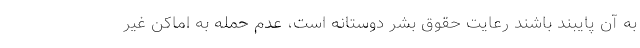
به آن پایبند باشند رعایت حقوق بشر دوستانه است، عدم حمله به اماکن غیر